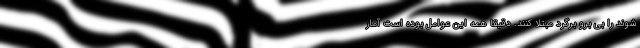
شوند را بی برو برگرد مبتلا کنند. دقیقا همه این عوامل بوده است آمار